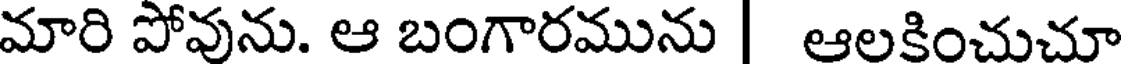
మారి పోవును. ఆ బంగారమును | ఆలకించుచూ